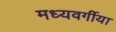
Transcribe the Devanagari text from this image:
मध्यवर्गीया